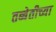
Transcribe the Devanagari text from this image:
तब्बेतीच्या